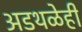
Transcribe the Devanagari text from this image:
अडथळेही